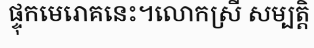
ផ្ទុកមេរោគនេះ។លោកស្រី សម្បត្តិ